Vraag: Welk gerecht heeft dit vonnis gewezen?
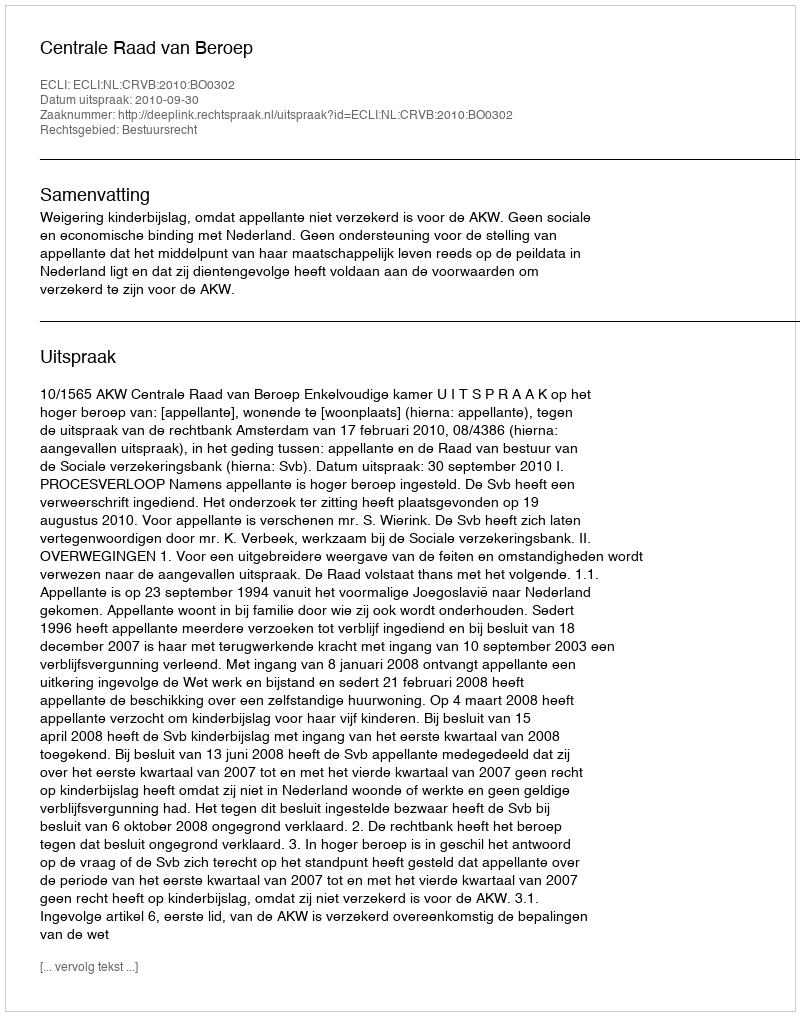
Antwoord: Centrale Raad van Beroep